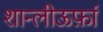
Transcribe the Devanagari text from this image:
शान्लीऊर्फ़ा